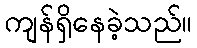
ကျန်ရှိနေခဲ့သည်။